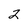
Character: 2